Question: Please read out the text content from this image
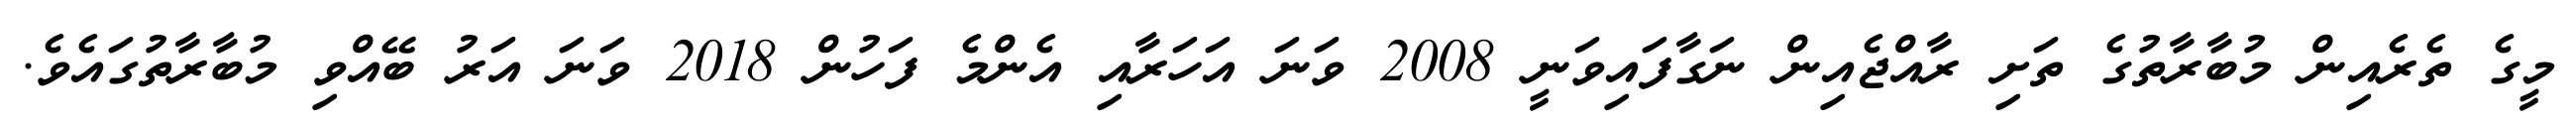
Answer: މީގެ ތެރެއިން މުބާރާތުގެ ތަށި ރާއްޖެއިން ނަގާފައިވަނީ 2008 ވަނަ އަހަރާއި އެންމެ ފަހުން 2018 ވަނަ އަރު ބޭއްވި މުބާރާތުގައެވެ.